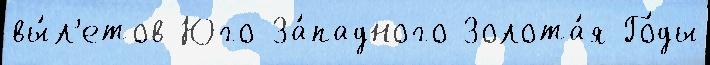
вы́л'етов Юго-За́падного Золота́я Го́ды